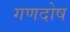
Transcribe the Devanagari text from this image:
गणदोष